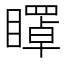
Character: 𥋽